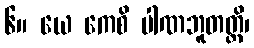
၆။ ယေ ကေစိ ပါဏဘူတတ္ထိ၊